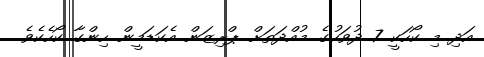
އަދި މި ކޯހަކީ 7 ދުވަހުގެ މުއްދަތަށް ޕްރިޒަން އެކަޑަމީން ހިންގާ ކޯހެކެވެ.